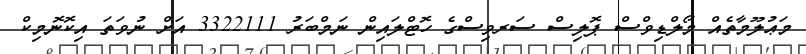
މަޢުލޫމާތެއް މޯލްޑިވްސް ޕޮލިސް ސަރވިސްގެ ހޮޓްލައިން ނަމްބަރު 3322111 އަށް ނުވަތަ އިކޮނޮމިކް